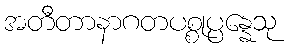
အတီတာနာဂတပစ္စုပ္ပန္နေသု